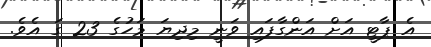
އެ ޕާޓީ އަށް އަންގާފައި ވަނީ މިދިޔަ މަހުގެ 23 ގަ އެވެ.